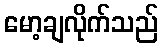
မော့ချလိုက်သည်